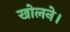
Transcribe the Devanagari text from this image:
खोलने।